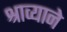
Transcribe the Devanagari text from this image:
श्राव्याने